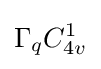
\Gamma _{q}C_{4v}^{1}